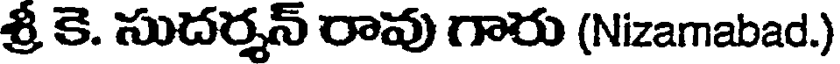
శ్రీ కె. సుదర్శన్ రావు గారు (Nizamabad.)